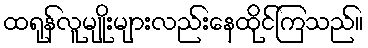
ထရုန်လူမျိုးများလည်းနေထိုင်ကြသည်။